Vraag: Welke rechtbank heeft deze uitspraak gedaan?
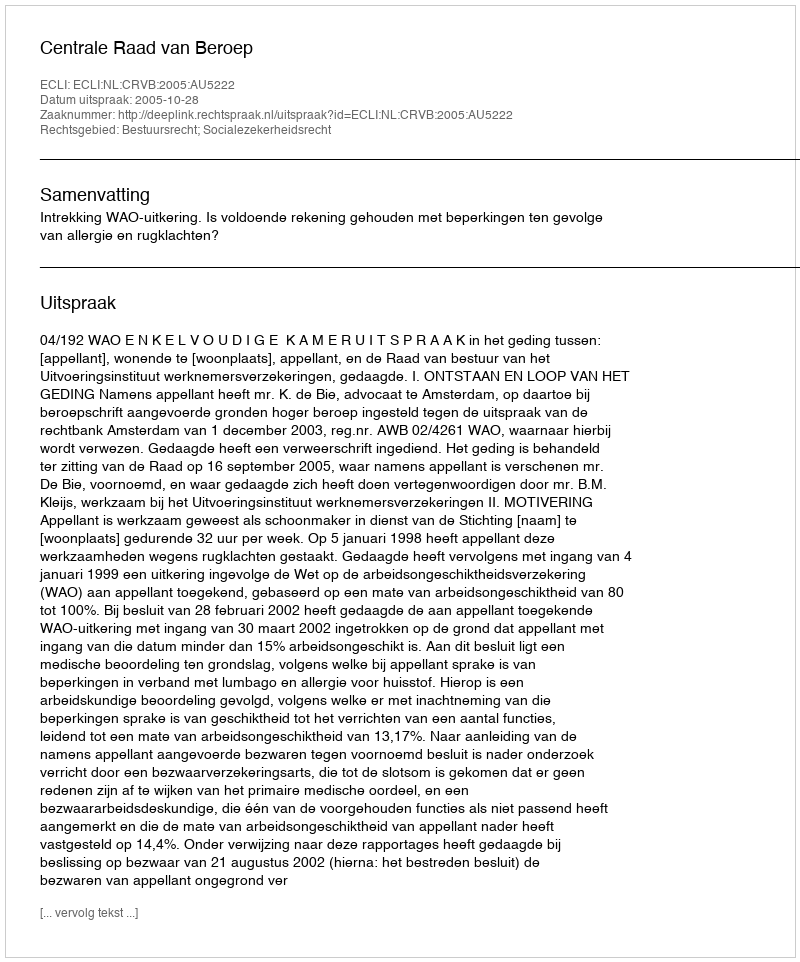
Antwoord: Centrale Raad van Beroep